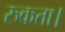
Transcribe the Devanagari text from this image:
रुकता।